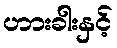
ဟားခါးနှင့်